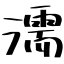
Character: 濡